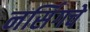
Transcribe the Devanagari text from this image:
नर्सिगचे